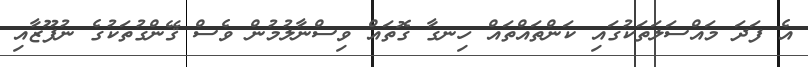
އެ ފަދަ މައްސަލަތަކުގައި ކަންތައްތައް ހިނގާ ގޮތައް ވިސްނާލުމުން ވެސް ޤޭންގުތަކުގެ ނުފޫޒާއި